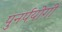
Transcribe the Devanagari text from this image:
पुनर्पयोगी